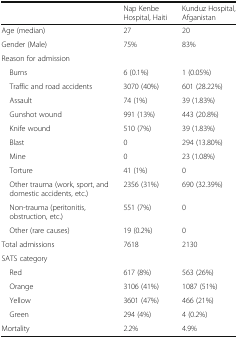
<table><thead><tr><td></td><td><b>Nap Kenbe Hospital, Haiti</b></td><td><b>Kunduz Hospital, Afganistan</b></td></tr></thead><tbody><tr><td>Age (median)</td><td>27</td><td>20</td></tr><tr><td>Gender (Male)</td><td>75%</td><td>83%</td></tr><tr><td colspan="3">Reason for admission</td></tr><tr><td> Burns</td><td>6 (0.1%)</td><td>1 (0.05%)</td></tr><tr><td> Traffic and road accidents</td><td>3070 (40%)</td><td>601 (28.22%)</td></tr><tr><td> Assault</td><td>74 (1%)</td><td>39 (1.83%)</td></tr><tr><td> Gunshot wound</td><td>991 (13%)</td><td>443 (20.8%)</td></tr><tr><td> Knife wound</td><td>510 (7%)</td><td>39 (1.83%)</td></tr><tr><td> Blast</td><td>0</td><td>294 (13.80%)</td></tr><tr><td> Mine</td><td>0</td><td>23 (1.08%)</td></tr><tr><td> Torture</td><td>41 (1%)</td><td>0</td></tr><tr><td> Other trauma (work, sport, and domestic accidents, etc.)</td><td>2356 (31%)</td><td>690 (32.39%)</td></tr><tr><td> Non-trauma (peritonitis, obstruction, etc.)</td><td>551 (7%)</td><td>0</td></tr><tr><td> Other (rare causes)</td><td>19 (0.2%)</td><td>0</td></tr><tr><td>Total admissions</td><td>7618</td><td>2130</td></tr><tr><td colspan="3">SATS category</td></tr><tr><td> Red</td><td>617 (8%)</td><td>563 (26%)</td></tr><tr><td> Orange</td><td>3106 (41%)</td><td>1087 (51%)</td></tr><tr><td> Yellow</td><td>3601 (47%)</td><td>466 (21%)</td></tr><tr><td> Green</td><td>294 (4%)</td><td>4 (0.2%)</td></tr><tr><td>Mortality</td><td>2.2%</td><td>4.9%</td></tr></tbody></table>